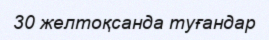
30 желтоқсанда туғандар